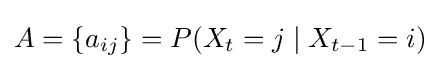
A=\{a_{ij}\}=P(X_{t}=j\mid X_{t-1}=i)